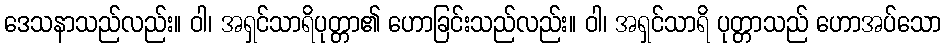
ဒေသနာသည်လည်း။ ဝါ၊ အရှင်သာရိပုတ္တာ၏ ဟောခြင်းသည်လည်း။ ဝါ၊ အရှင်သာရိ ပုတ္တာသည် ဟောအပ်သော